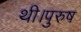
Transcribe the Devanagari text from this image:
थी।पुरुष